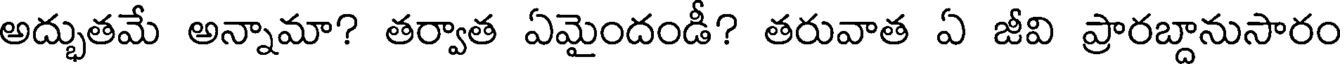
అద్భుతమే అన్నామా? తర్వాత ఏమైందండీ? తరువాత ఏ జీవి ప్రారబ్దానుసారం